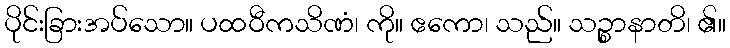
ပိုင်းခြားအပ်သော။ ပထဝီကသိဏံ၊ ကို။ ဧကော၊ သည်။ သဉ္စာနာတိ၊ ၏။